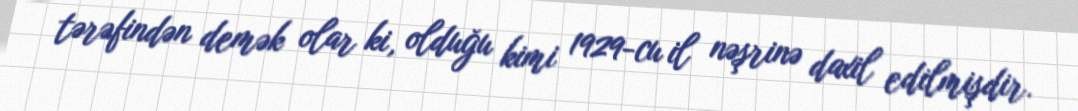
tərəfindən demək olar ki, olduğu kimi 1929-cu il nəşrinə daxil edilmişdir.